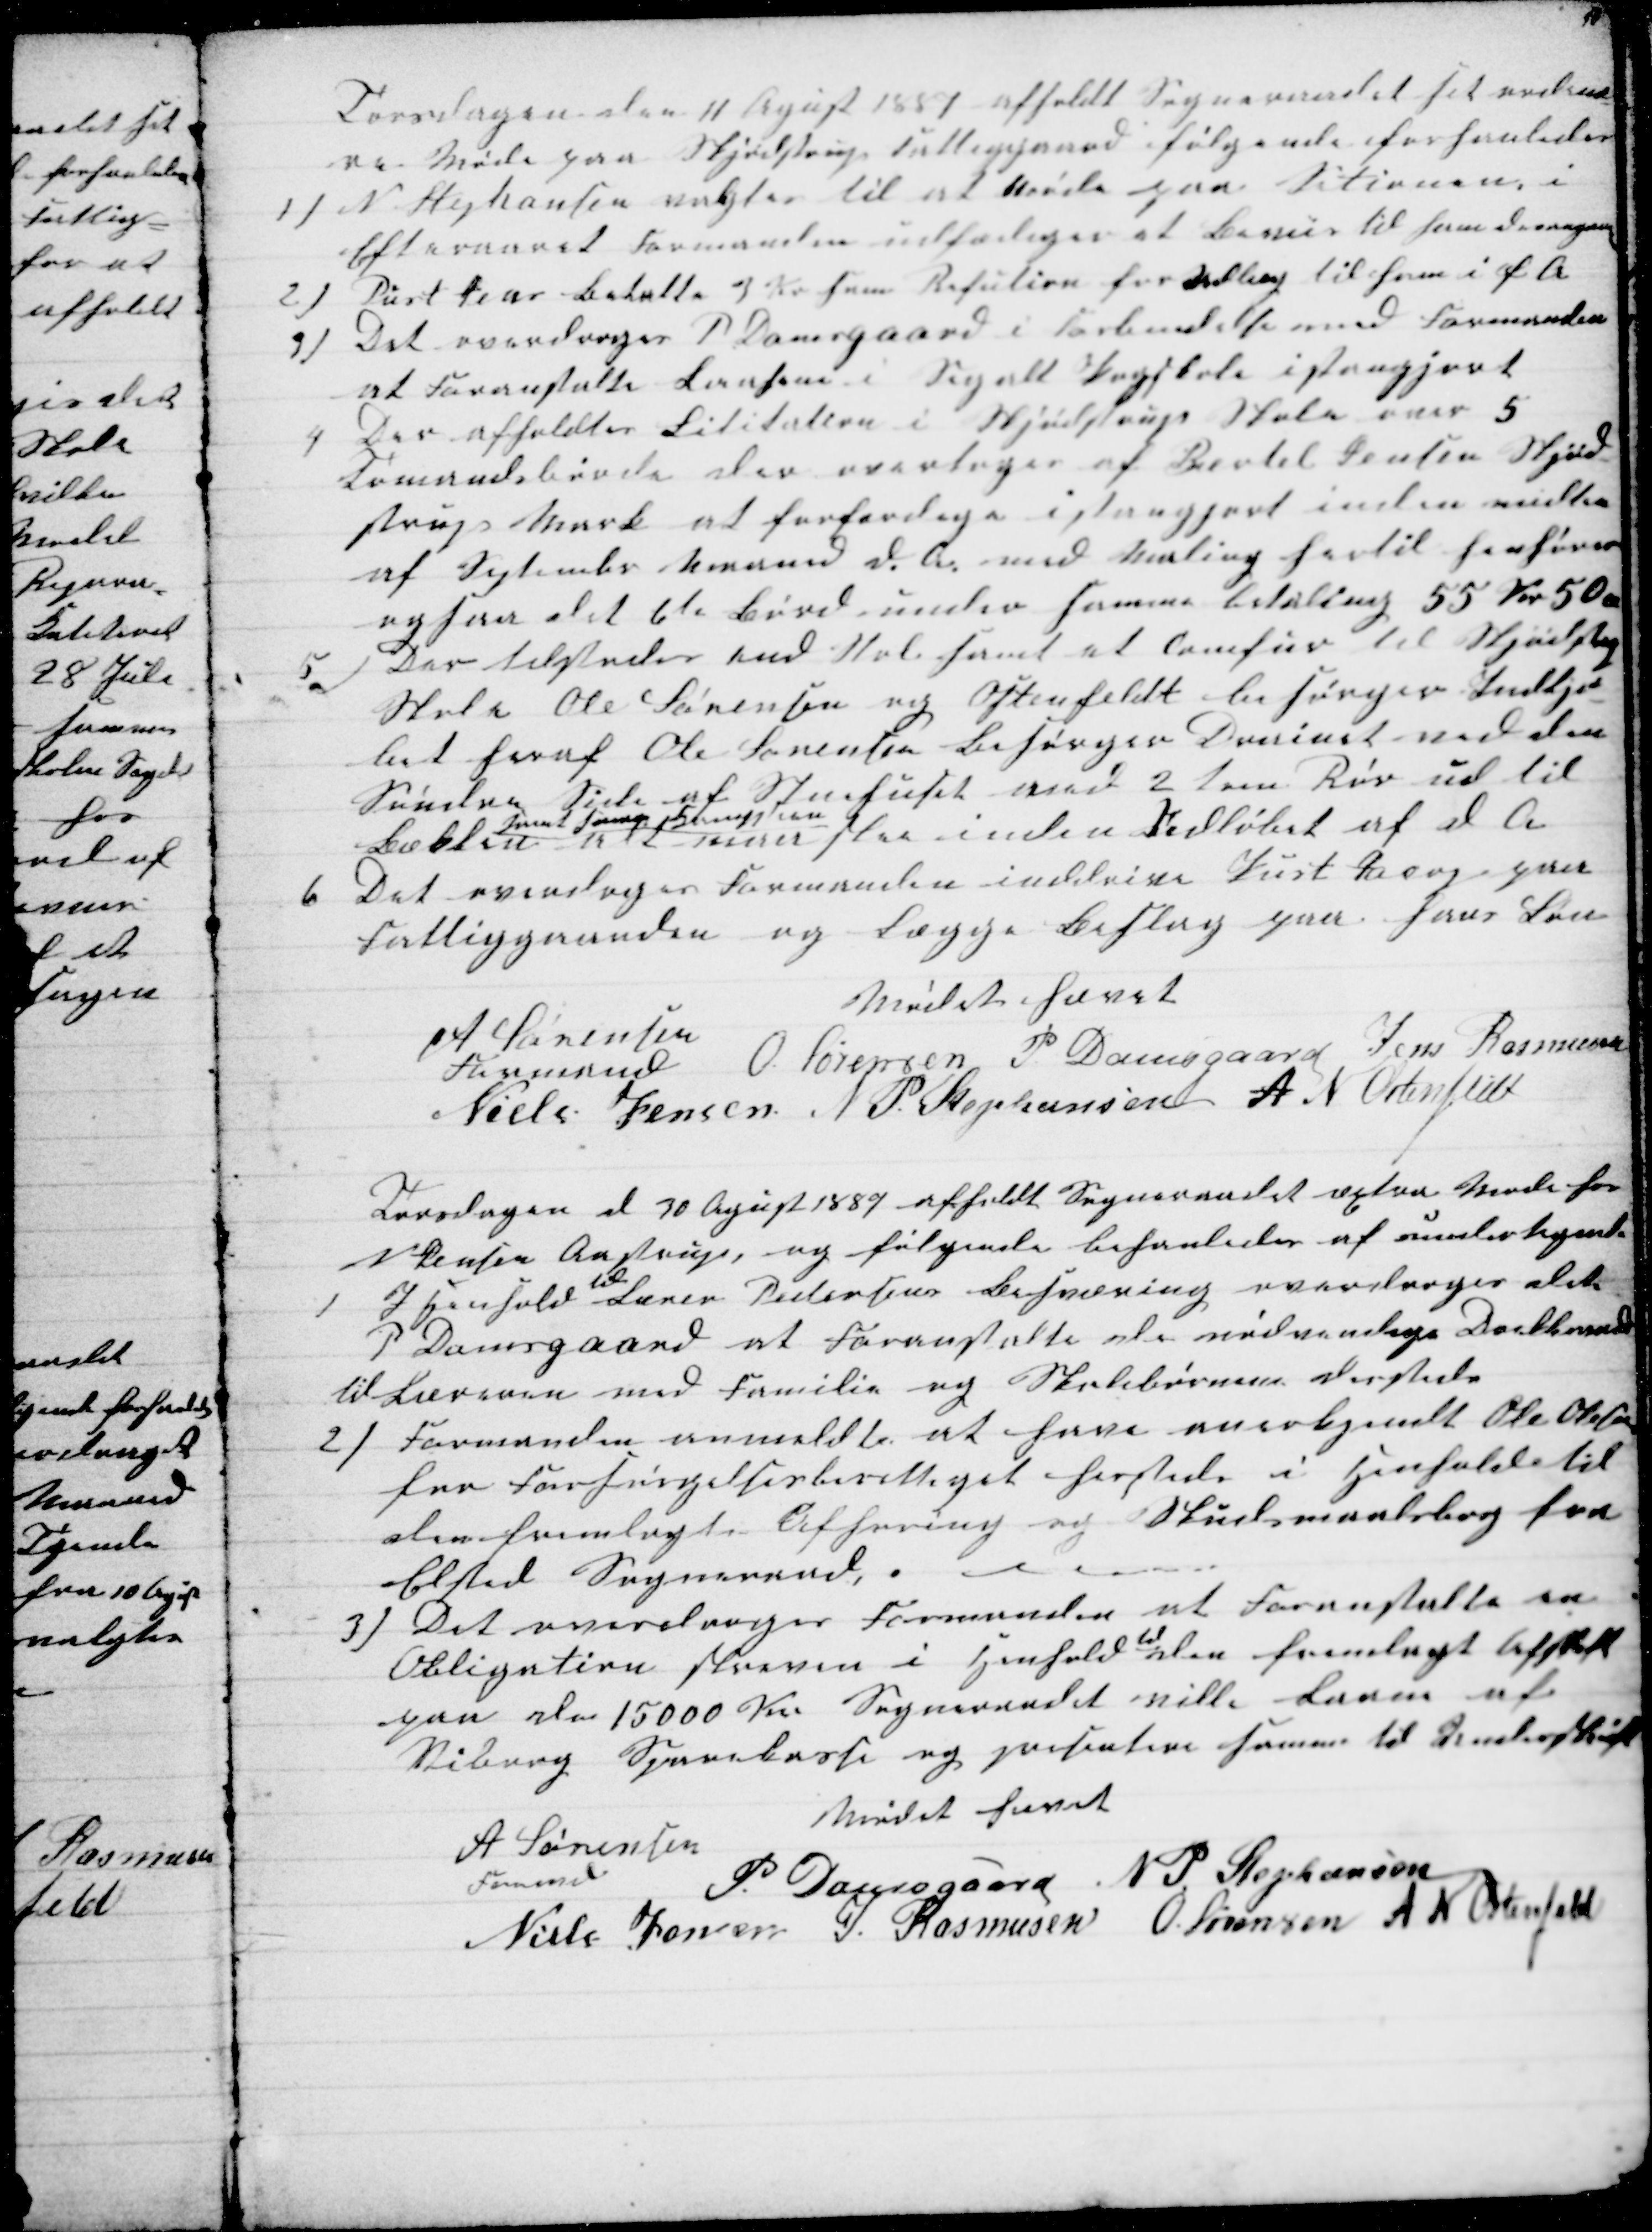
Transskription:
Torsdagen den 11 Agust 1887 afholdt Sogneraadet sit ordinæ-
re Møde paa Skjødstrup Fattiggaard følgende forhanledes
1) N. Stephansen valgtes til at Møde paa Sitionen, i
Efteraaret Formanden udfærdiger et Bevis til ham desangaaende
2) Pust Jens betalte 3 Kr som Refution for Udlæg til ham i f. A
3) Det overdroges P Damsgaard i Forbindelse med Formanden
at Foranstalte Lanhane i Segalt Pogskole istangjort
4
Der afholdtes Lititation i Skjødstrup Skole over 5
Tomandsborde der overtoges af Bertel Jensen Skjød-
strup Mark at forfærdige istangjort inden midten
af September Maaed d. A. med Maling hertil henhører
ogsaa det 6te Bord under samme betaling 55 Kr 50 Øre
5) Der tilstodes end Stol samt et Comfur til Skjødstrup
Skole Ole Sørensen og Ostenfeldt besørger Indkjø-
bet heraf Ole Sørensen Besørger Drainet ved den
Søndre Side af Stenhuset ved 2 tom Rør ud til
Bækken
samt H  
alt overstaa inden Udløbet af d A
6
Det overdroges Formanden inddrive Just Jacop paa
Fattiggaarden og Lægge Beslag paa hans Løn
Mødet hævet
A Sørensen
Formand 
O. Sørensen P. Damsgaard Jens Rasmusen
Niels Jensen N P. Stephansen A N Ostenfelt
Torsdagen d 30 Agust 1887 afholdt Sogneraadet æxtra Møde hos
N Jensen Aastrup, og følgende behanledes af undertegnede
1
I Henhold 
til
Lærer Pedersens Besværing overdroges det
P Damsgaard at Foranstalte de nødvendige Doekbrønde
til Læreren med Familie og Skolebørnene dersteds
2) Formanden anmeldte at have anerkjendt Ole Olesen
for Forsørgelsesberettiget hersteds i Henhold til
den fremlagte Afhøring og Skudsmaalsbog fra
Elsted Sogneraad.
3) Det overdroges Formanden at Foranstalte en
Obligation skreven i Henhold
til
den fremlagt Afskrift
paa stor 15000 Kr Sogneraadet ville Laane af
Viborg Sparekasse og presentere samme til Underskrift
Mødet hævet
A Sørensen
Formand
P. Damsgaard N P Stephansen
Niels Jensen J. Rasmusen O. Sørensen A N Ostenfeld